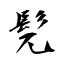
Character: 髡